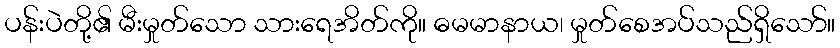
ပန်းပဲတို့၏ မီးမှုတ်သော သားရေအိတ်ကို။ ဓမမာနာယ၊ မှုတ်စေအပ်သည်ရှိသော်။